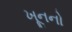
ખૂનનો